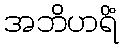
အဘိဟရိံ